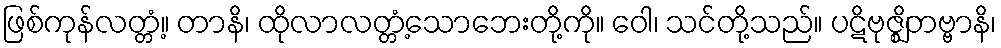
ဖြစ်ကုန်လတ္တံ့။ တာနိ၊ ထိုလာလတ္တံ့သောဘေးတို့ကို။ ဝေါ၊ သင်တို့သည်။ ပဋိဗုဇ္ဈိတဗ္ဗာနိ၊